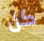
كل